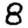
Digit: 8